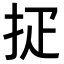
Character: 𢪵